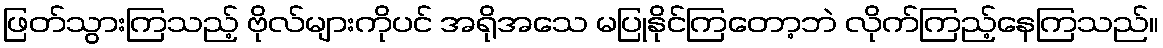
ဖြတ်သွားကြသည့် ဗိုလ်များကိုပင် အရိုအသေ မပြုနိုင်ကြတော့ဘဲ လိုက်ကြည့်နေကြသည်။